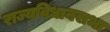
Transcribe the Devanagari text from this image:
राज्यविधानसभा